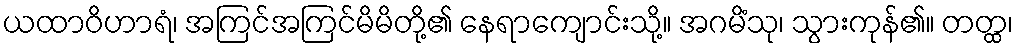
ယထာဝိဟာရံ၊ အကြင်အကြင်မိမိတို့၏ နေရာကျောင်းသို့။ အဂမိံသု၊ သွားကုန်၏။ တတ္ထ၊